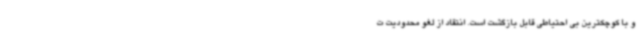
و با کوچکترین بی احتیاطی قابل بازگشت است. انتقاد از لغو محدودیت ت